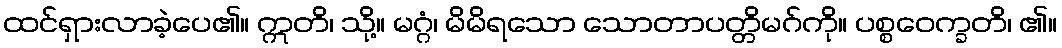
ထင်ရှားလာခဲ့ပေ၏။ ဣတိ၊ သို့။ မဂ္ဂံ၊ မိမိရသော သောတာပတ္တိမဂ်ကို။ ပစ္စဝေက္ခတိ၊ ၏။